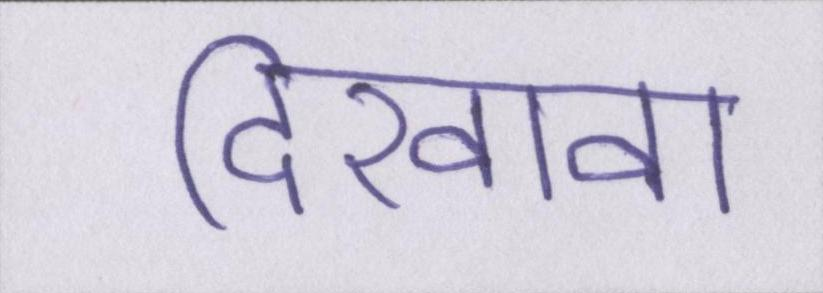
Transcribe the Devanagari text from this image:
दिखावा